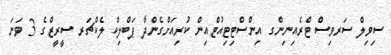
ސިވިލް ސަރވިސް ޓްރެއިނިންގ އިންސްޓިޓިއުޓްއިން ކުރިއަށްގެންދާ ޕަބްލިކް ލެކްޗަރ ސީރީޒްގެ 3 ވަނަ